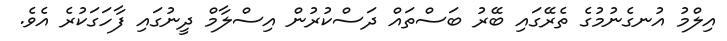
އިލްމު އުނގެނުމުގެ ތެރޭގައި ބޭރު ބަސްތައް ދަސްކުރުން އިސްލާމް ދީނުގައި ފާހަގަކުރެ އެވެ.